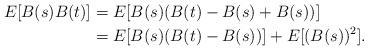
LaTeX: \begin{align*}E[B(s)B(t)] &= E[B(s)(B(t) - B(s) + B(s))] \\&= E[B(s)(B(t) - B(s))] + E[(B(s))^2].\\\end{align*}